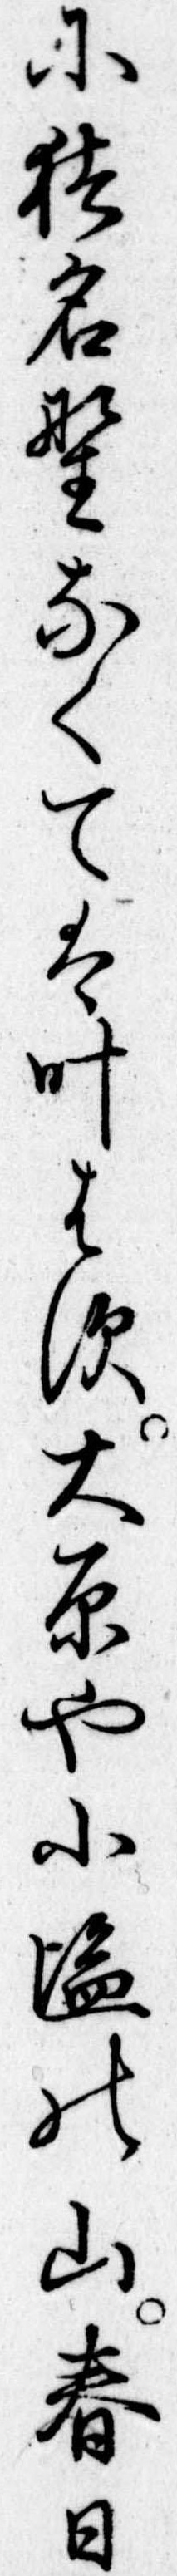
に猪名野なくては叶はす大原や小塩の山春日